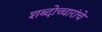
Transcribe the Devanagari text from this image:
शब्दोच्चारांचे